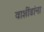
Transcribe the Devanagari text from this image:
वाशींडांना